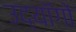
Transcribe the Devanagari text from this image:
उद्यॉगों